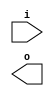
module buffer( i , o );
  input i ;
  output o ;
endmodule
module inverter( i , o );
  input i ;
  output o ;
endmodule
module top( x0 , x1 , x2 , x3 , x4 , x5 , x6 , x7 , x8 , x9 , x10 , x11 , x12 , x13 , x14 , x15 , x16 , x17 , x18 , x19 , x20 , x21 , x22 , x23 , x24 , x25 , x26 , y0 , y1 , y2 , y3 , y4 , y5 );
  input x0 , x1 , x2 , x3 , x4 , x5 , x6 , x7 , x8 , x9 , x10 , x11 , x12 , x13 , x14 , x15 , x16 , x17 , x18 , x19 , x20 , x21 , x22 , x23 , x24 , x25 , x26 ;
  output y0 , y1 , y2 , y3 , y4 , y5 ;
  wire n2 , n3 , n4 , n5 , n7 , n8 , n10 , n11 , n13 , n14 , n16 , n17 , n19 , n20 , n21 , n22 , n24 , n25 , n27 , n29 , n30 , n32 , n34 , n36 , n38 , n39 , n41 , n42 , n43 , n44 , n46 , n48 , n49 , n51 , n52 , n53 , n54 , n55 , n56 , n57 , n59 , n60 , n61 , n63 , n64 , n65 , n66 , n68 , n69 , n70 , n72 , n73 , n74 , n76 , n77 , n79 , n80 , n82 , n83 , n87 , n88 , n89 , n90 , n91 , n92 , n93 , n94 , n95 , n96 , n97 , n98 , n99 , n100 , n101 , n102 , n103 , n104 , n105 , n106 , n107 , n108 , n109 , n110 , n111 , n112 , n113 , n114 , n115 , n116 , n117 , n118 , n119 , n120 , n121 , n122 , n123 , n124 , n125 , n126 , n127 , n128 , n129 , n130 , n131 , n132 , n133 , n134 , n135 , n136 , n137 , n138 , n139 , n140 , n141 , n142 , n143 , n144 , n145 , n146 , n147 , n148 , n149 , n150 , n151 , n152 , n153 , n154 , n155 , n156 , n157 , n158 , n159 , n160 , n161 , n162 , n163 , n164 , n165 , n166 , n167 , n168 , n169 , n170 , n171 , n172 , n173 , n174 , n175 , n176 , n177 , n178 , n179 , n180 , n181 , n182 , n183 , n184 , n185 , n186 , n187 , n188 , n189 , n190 , n191 , n192 , n193 , n194 , n195 , n196 , n197 , n198 , n199 , n200 , n201 , n202 , n203 , n204 , n205 , n206 , n207 , n208 , n209 , n210 , n211 , n212 , n213 , n214 , n215 , n216 ;
  buffer buf_n19( .i (x5), .o (n19) );
  buffer buf_n20( .i (n19), .o (n20) );
  buffer buf_n21( .i (n20), .o (n21) );
  buffer buf_n22( .i (n21), .o (n22) );
  buffer buf_n27( .i (x7), .o (n27) );
  buffer buf_n29( .i (x8), .o (n29) );
  assign n88 = n27 | n29 ;
  buffer buf_n89( .i (n88), .o (n89) );
  buffer buf_n90( .i (n89), .o (n90) );
  buffer buf_n30( .i (n29), .o (n30) );
  buffer buf_n24( .i (x6), .o (n24) );
  assign n91 = ~n24 & n27 ;
  assign n92 = n30 & n91 ;
  buffer buf_n93( .i (n92), .o (n93) );
  assign n94 = ( n22 & ~n90 ) | ( n22 & n93 ) | ( ~n90 & n93 ) ;
  buffer buf_n25( .i (n24), .o (n25) );
  buffer buf_n38( .i (x12), .o (n38) );
  buffer buf_n39( .i (n38), .o (n39) );
  assign n95 = n25 & n39 ;
  assign n96 = n89 & n95 ;
  buffer buf_n34( .i (x10), .o (n34) );
  assign n97 = n24 | n34 ;
  buffer buf_n98( .i (n97), .o (n98) );
  buffer buf_n32( .i (x9), .o (n32) );
  buffer buf_n36( .i (x11), .o (n36) );
  assign n99 = n32 & ~n36 ;
  buffer buf_n100( .i (n99), .o (n100) );
  assign n101 = ~n98 & n100 ;
  assign n102 = n96 | n101 ;
  assign n103 = n94 | n102 ;
  buffer buf_n104( .i (n103), .o (n104) );
  buffer buf_n2( .i (x0), .o (n2) );
  buffer buf_n3( .i (n2), .o (n3) );
  buffer buf_n4( .i (n3), .o (n4) );
  buffer buf_n5( .i (n4), .o (n5) );
  buffer buf_n16( .i (x4), .o (n16) );
  buffer buf_n17( .i (n16), .o (n17) );
  buffer buf_n10( .i (x2), .o (n10) );
  buffer buf_n13( .i (x3), .o (n13) );
  assign n106 = n10 & ~n13 ;
  assign n107 = n17 | n106 ;
  buffer buf_n108( .i (n107), .o (n108) );
  buffer buf_n7( .i (x1), .o (n7) );
  buffer buf_n8( .i (n7), .o (n8) );
  assign n109 = ~n3 & n8 ;
  buffer buf_n110( .i (n109), .o (n110) );
  assign n111 = ( n5 & n108 ) | ( n5 & ~n110 ) | ( n108 & ~n110 ) ;
  buffer buf_n112( .i (n111), .o (n112) );
  buffer buf_n113( .i (n112), .o (n113) );
  assign n114 = n104 & n113 ;
  buffer buf_n41( .i (x13), .o (n41) );
  buffer buf_n42( .i (n41), .o (n42) );
  buffer buf_n43( .i (n42), .o (n43) );
  buffer buf_n44( .i (n43), .o (n44) );
  assign n115 = ( n44 & ~n90 ) | ( n44 & n93 ) | ( ~n90 & n93 ) ;
  buffer buf_n48( .i (x15), .o (n48) );
  buffer buf_n49( .i (n48), .o (n49) );
  assign n116 = n25 & n49 ;
  assign n117 = n89 & n116 ;
  buffer buf_n46( .i (x14), .o (n46) );
  assign n118 = ~n36 & n46 ;
  buffer buf_n119( .i (n118), .o (n119) );
  assign n120 = ~n98 & n119 ;
  assign n121 = n117 | n120 ;
  assign n122 = n115 | n121 ;
  buffer buf_n123( .i (n122), .o (n123) );
  assign n125 = ~n10 & n13 ;
  assign n126 = n17 & ~n125 ;
  assign n127 = n3 & ~n8 ;
  assign n128 = ( n4 & n126 ) | ( n4 & n127 ) | ( n126 & n127 ) ;
  buffer buf_n129( .i (n128), .o (n129) );
  buffer buf_n130( .i (n129), .o (n130) );
  buffer buf_n131( .i (n130), .o (n131) );
  assign n132 = n123 & ~n131 ;
  assign n133 = n114 | n132 ;
  buffer buf_n134( .i (n133), .o (n134) );
  buffer buf_n51( .i (x16), .o (n51) );
  buffer buf_n52( .i (n51), .o (n52) );
  buffer buf_n53( .i (n52), .o (n53) );
  buffer buf_n54( .i (n53), .o (n54) );
  buffer buf_n59( .i (x17), .o (n59) );
  buffer buf_n60( .i (n59), .o (n60) );
  buffer buf_n61( .i (n60), .o (n61) );
  buffer buf_n63( .i (x18), .o (n63) );
  buffer buf_n64( .i (n63), .o (n64) );
  buffer buf_n65( .i (n64), .o (n65) );
  assign n135 = n61 & ~n65 ;
  assign n136 = n54 | n135 ;
  buffer buf_n66( .i (n65), .o (n66) );
  buffer buf_n72( .i (x20), .o (n72) );
  buffer buf_n73( .i (n72), .o (n73) );
  buffer buf_n74( .i (n73), .o (n74) );
  buffer buf_n76( .i (x21), .o (n76) );
  buffer buf_n77( .i (n76), .o (n77) );
  buffer buf_n79( .i (x22), .o (n79) );
  buffer buf_n80( .i (n79), .o (n80) );
  assign n137 = n77 & ~n80 ;
  buffer buf_n68( .i (x19), .o (n68) );
  buffer buf_n69( .i (n68), .o (n69) );
  assign n138 = n69 & ~n73 ;
  assign n139 = ( ~n74 & n137 ) | ( ~n74 & n138 ) | ( n137 & n138 ) ;
  assign n140 = ~n66 & n139 ;
  assign n141 = n136 | n140 ;
  buffer buf_n142( .i (n141), .o (n142) );
  assign n143 = n104 & n142 ;
  assign n144 = ~n77 & n80 ;
  buffer buf_n145( .i (n144), .o (n145) );
  buffer buf_n70( .i (n69), .o (n70) );
  assign n146 = n51 & n59 ;
  buffer buf_n147( .i (n146), .o (n147) );
  assign n148 = n70 & n147 ;
  assign n149 = ~n145 & n148 ;
  assign n150 = n61 & ~n74 ;
  assign n151 = n53 & ~n65 ;
  assign n152 = ( n54 & n150 ) | ( n54 & n151 ) | ( n150 & n151 ) ;
  assign n153 = n149 | n152 ;
  buffer buf_n154( .i (n153), .o (n154) );
  assign n155 = n123 & ~n154 ;
  assign n156 = n143 | n155 ;
  buffer buf_n157( .i (n156), .o (n157) );
  buffer buf_n105( .i (n104), .o (n105) );
  buffer buf_n55( .i (n54), .o (n55) );
  buffer buf_n56( .i (n55), .o (n56) );
  buffer buf_n57( .i (n56), .o (n57) );
  assign n158 = n3 | n8 ;
  buffer buf_n14( .i (n13), .o (n14) );
  buffer buf_n82( .i (x23), .o (n82) );
  buffer buf_n83( .i (n82), .o (n83) );
  assign n159 = n14 | n83 ;
  assign n160 = n158 | n159 ;
  assign n161 = n108 | n160 ;
  buffer buf_n162( .i (n161), .o (n162) );
  buffer buf_n163( .i (n162), .o (n163) );
  assign n165 = n57 | n163 ;
  assign n166 = n105 & ~n165 ;
  buffer buf_n124( .i (n123), .o (n124) );
  assign n167 = n2 & n7 ;
  buffer buf_n168( .i (n167), .o (n168) );
  assign n169 = n14 & n83 ;
  assign n170 = n168 & n169 ;
  buffer buf_n11( .i (n10), .o (n11) );
  assign n171 = n7 & ~n16 ;
  assign n172 = n11 & ~n171 ;
  buffer buf_n173( .i (n172), .o (n173) );
  assign n174 = n170 & n173 ;
  buffer buf_n175( .i (n174), .o (n175) );
  buffer buf_n176( .i (n175), .o (n176) );
  assign n178 = n57 & n176 ;
  assign n179 = n124 & n178 ;
  assign n180 = n166 | n179 ;
  buffer buf_n177( .i (n176), .o (n177) );
  assign n181 = n124 & n177 ;
  buffer buf_n182( .i (n181), .o (n182) );
  buffer buf_n164( .i (n163), .o (n164) );
  assign n183 = n105 & ~n164 ;
  buffer buf_n184( .i (n183), .o (n184) );
  assign n185 = x24 & x25 ;
  buffer buf_n186( .i (n185), .o (n186) );
  buffer buf_n187( .i (n186), .o (n187) );
  buffer buf_n188( .i (n187), .o (n188) );
  buffer buf_n189( .i (n188), .o (n189) );
  buffer buf_n190( .i (n189), .o (n190) );
  buffer buf_n191( .i (n190), .o (n191) );
  buffer buf_n192( .i (n191), .o (n192) );
  buffer buf_n193( .i (n192), .o (n193) );
  assign n194 = n72 | n76 ;
  buffer buf_n87( .i (x26), .o (n87) );
  assign n195 = n79 | n87 ;
  assign n196 = n194 | n195 ;
  assign n197 = n51 | n59 ;
  assign n198 = n63 | n68 ;
  assign n199 = n197 | n198 ;
  assign n200 = n196 | n199 ;
  buffer buf_n201( .i (n200), .o (n201) );
  buffer buf_n202( .i (n201), .o (n202) );
  assign n203 = n162 | n202 ;
  assign n204 = n104 & ~n203 ;
  assign n205 = n64 & n73 ;
  assign n206 = n147 & n205 ;
  assign n207 = n68 & n76 ;
  assign n208 = n79 & n87 ;
  assign n209 = n207 & n208 ;
  buffer buf_n210( .i (n209), .o (n210) );
  assign n211 = n206 & n210 ;
  buffer buf_n212( .i (n211), .o (n212) );
  assign n213 = n175 & n212 ;
  assign n214 = n123 & n213 ;
  assign n215 = n204 | n214 ;
  assign n216 = ~n193 & n215 ;
  assign y0 = n134 ;
  assign y1 = n157 ;
  assign y2 = n180 ;
  assign y3 = n182 ;
  assign y4 = n184 ;
  assign y5 = n216 ;
endmodule